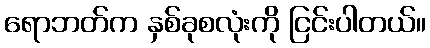
ရောဘတ်က နှစ်ခုစလုံးကို ငြင်းပါတယ်။